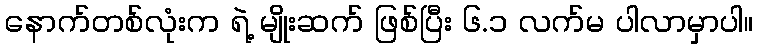
နောက်တစ်လုံးက ရဲ့ မျိုးဆက် ဖြစ်ပြီး ၆.၁ လက်မ ပါလာမှာပါ။